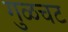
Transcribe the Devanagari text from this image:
गुळचट